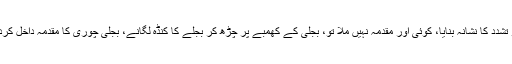
اس کو تشدد کا نشانہ بنایا، کوئی اور مقدمہ نہیں ملا تو، بجلی کے کھمبے پر چڑھ کر بجلے کا کنڈہ لگانے، بجلی چوری کا مقدمہ داخل کردیا گیا۔